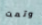
وتمت